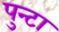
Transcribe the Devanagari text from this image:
पुन्टा